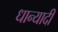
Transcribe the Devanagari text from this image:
धान्यादी